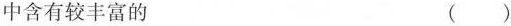
中含有较丰富的 ( )